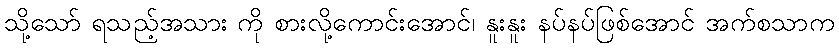
သို့သော် ရသည့်အသား ကို စားလို့ကောင်းအောင်၊ နူးနူး နပ်နပ်ဖြစ်အောင် အက်စသာက